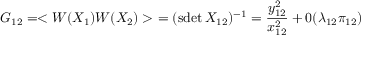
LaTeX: G _ { 1 2 } = < W ( X _ { 1 } ) W ( X _ { 2 } ) > \ = ( \mathrm { s d e t } \, X _ { 1 2 } ) ^ { - 1 } = { \frac { y _ { 1 2 } ^ { 2 } } { x _ { 1 2 } ^ { 2 } } } + 0 ( \lambda _ { 1 2 } \pi _ { 1 2 } )